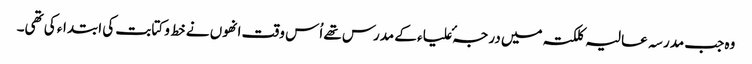
وہ جب مدرسہ عالیہ کلکتہ میں درجہٴ علیاء کے مدرس تھے اُس وقت انھوں نے خط و کتابت کی ابتداء کی تھی۔